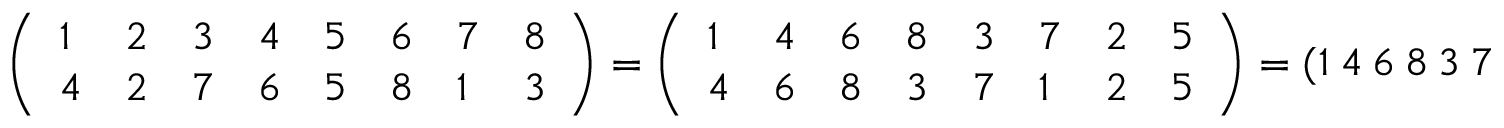
{ \left( \begin{array} { l l l l l l l l } { 1 } & { 2 } & { 3 } & { 4 } & { 5 } & { 6 } & { 7 } & { 8 } \\ { 4 } & { 2 } & { 7 } & { 6 } & { 5 } & { 8 } & { 1 } & { 3 } \end{array} \right) } = { \left( \begin{array} { l l l l l l l l } { 1 } & { 4 } & { 6 } & { 8 } & { 3 } & { 7 } & { 2 } & { 5 } \\ { 4 } & { 6 } & { 8 } & { 3 } & { 7 } & { 1 } & { 2 } & { 5 } \end{array} \right) } = ( 1 \ 4 \ 6 \ 8 \ 3 \ 7 ) ( 2 ) ( 5 ) ,